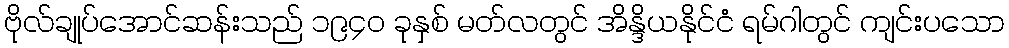
ဗိုလ်ချုပ်အောင်ဆန်းသည် ၁၉၄၀ ခုနှစ် မတ်လတွင် အိန္ဒိယနိုင်ငံ ရမ်ဂါတွင် ကျင်းပသော